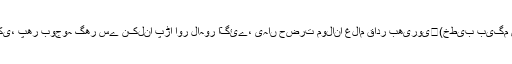
ابتدائی تعلیم حضرت مولانا محمد حسین نقشبندی پسروری﷫ بمقام سیالکوٹ حاصل کی، پھر بوجوہ گھر سے نکلنا پڑا اور لاہور آگئے، یہاں حضرت مولانا غلام قادر بھیروی﷫(خطیب بیگم شاہی مسجد) سے ڈیڑھ سال تک علوم اخذ کیے اور پھر لاہور سے دہلی تشریف لے گئے۔